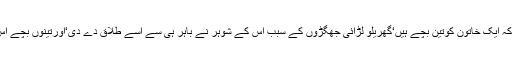
انہوں نے ایک کیس کا ذکرکیاکہ ایک خاتون کوتین بچے ہیں‘گھریلو لڑائی جھگڑوں کے سبب اس کے شوہر نے باہر ہی سے اسے طلاق دے دی‘اورتینوں بچے اس کی ساس کی تحویل میں ہیں۔